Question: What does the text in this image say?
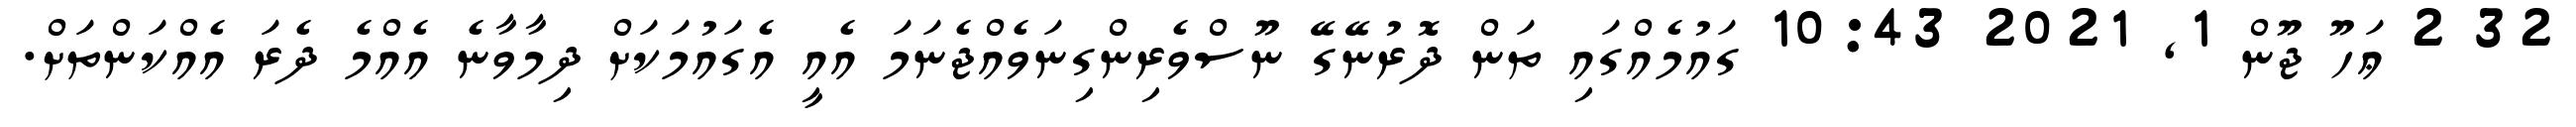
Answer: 32 2 ޢަހޫ ޖޫން 1, 2021 10:43 ގައުމެއްގައި ތަން ދޮރުނޭގޭ ނޫސްވެރިންގިނަވެއްޖެނަމަ އެއީ އެގައުމަކަށް ދިމާވާނެ އެއްމެ ދެރަ އެއްކަންތަށް.